Document type: Emphyteutic lease
Year: 1276
Scribe: Pere de Roca
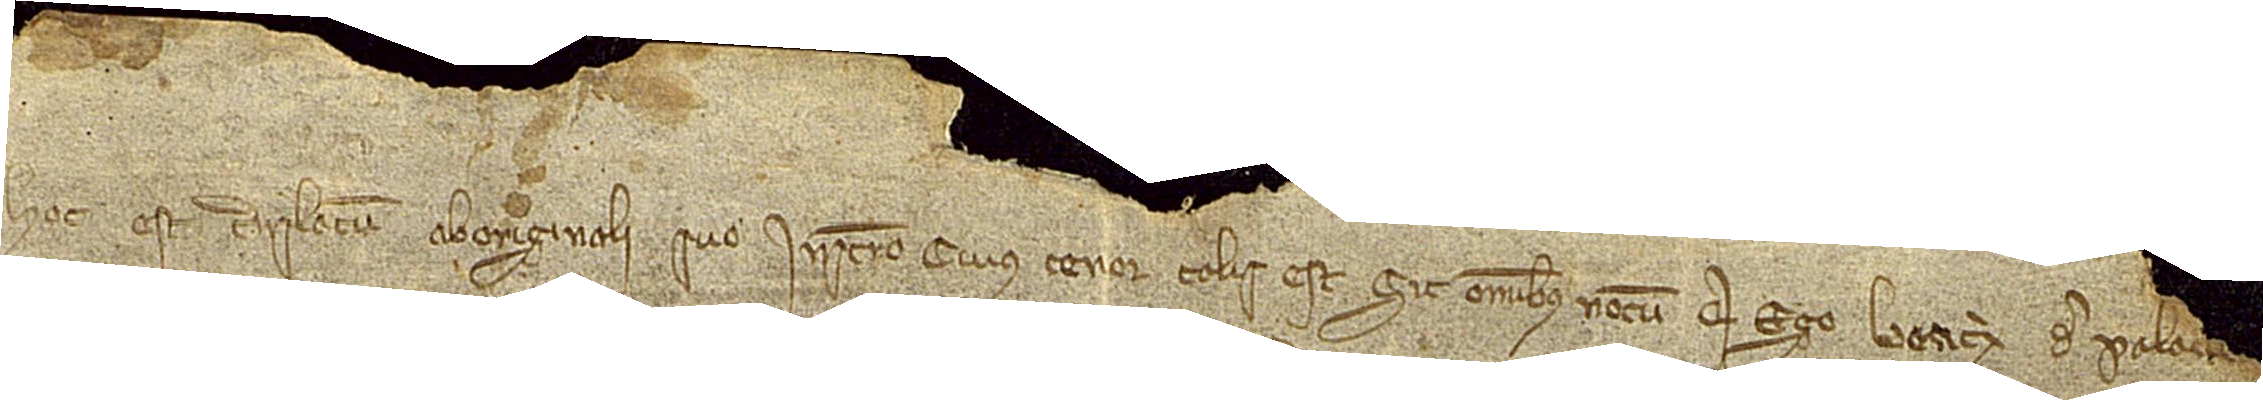
Hoc est translatum ab originali suo instrumento cuius tenor talis est: Sit omnibus notum  quod ego Beatrix de Pala[ciolo et Bernardus, filius]